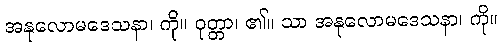
အနုလောမဒေသနာ၊ ကို။ ဝုတ္တာ၊ ၏။ သာ အနုလောမဒေသနာ၊ ကို။